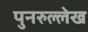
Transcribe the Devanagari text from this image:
पुनरुल्लेख